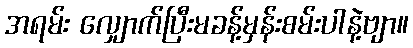
အရမ်း လျှောက်ပြီးမခန့်မှန်းစမ်းပါနဲ့ဗျာ။